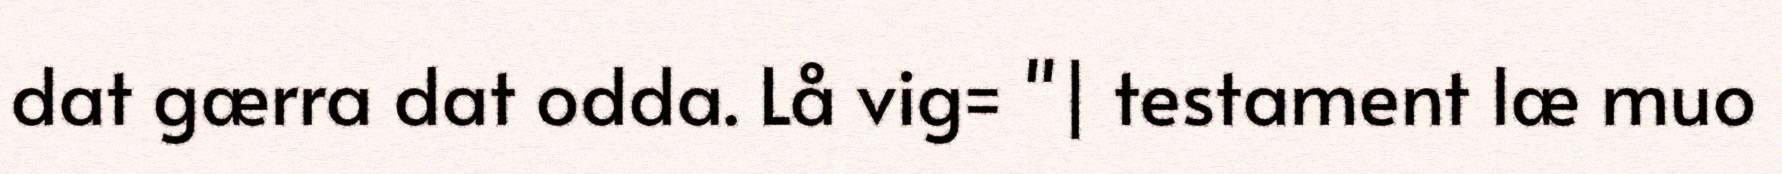
dat gærra dat odda. Lå vig= "| testament læ muo